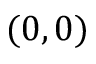
( 0 , 0 )